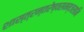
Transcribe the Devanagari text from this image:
शास्त्रन्तरेष्वसमम्जसानि